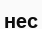
нес